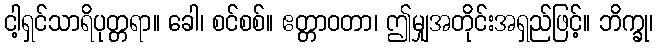
ငါ့ရှင်သာရိပုတ္တရာ။ ခေါ၊ စင်စစ်။ ဧတ္တာဝတာ၊ ဤမျှအတိုင်းအရှည်ဖြင့်။ ဘိက္ခု၊